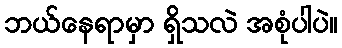
ဘယ်နေရာမှာ ရှိသလဲ အစုံပါပဲ။